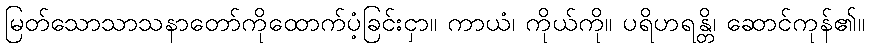
မြတ်သောသာသနာတော်ကိုထောက်ပံ့ခြင်းငှာ။ ကာယံ၊ ကိုယ်ကို။ ပရိဟရန္တိ၊ ဆောင်ကုန်၏။